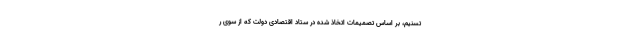
تسنیم، بر اساس تصمیمات اتخاذ شده در ستاد اقتصادی دولت که از سوی ر